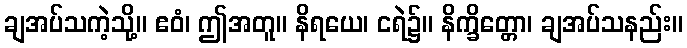
ချအပ်သကဲ့သို့။ ဧဝံ၊ ဤအတူ။ နိရယေ၊ ငရဲ၌။ နိက္ခိတ္တော၊ ချအပ်သနည်း။